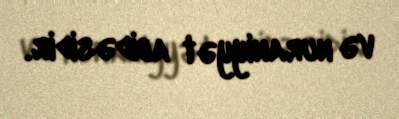
və nuraniyyət abidəsidir.